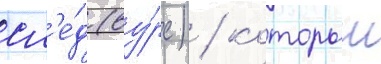
сл'е́д (ву́рс) / которыи